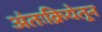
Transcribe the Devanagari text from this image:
अंतःक्रियेतून